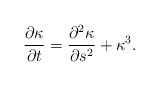
\begin{align*}\frac{\partial \kappa}{\partial t}=\frac{\partial^2\kappa}{\partial s^2}+\kappa^3. \end{align*}